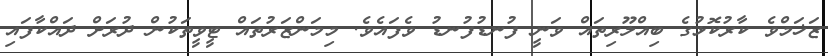
ޒަޚަމްވެ ކާރުކޮޅުގެ ބިއްލޫރިތައް ވަނީ ފުނޑުފުނޑު ވެފައެވެ. މިމަންޒަރުތައް ޓީވީތަކުން ދުރަށް ދައްކާފައި